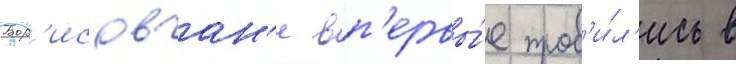
Бор'исовчан'е вп'ервы́е проб'и́л'ись в